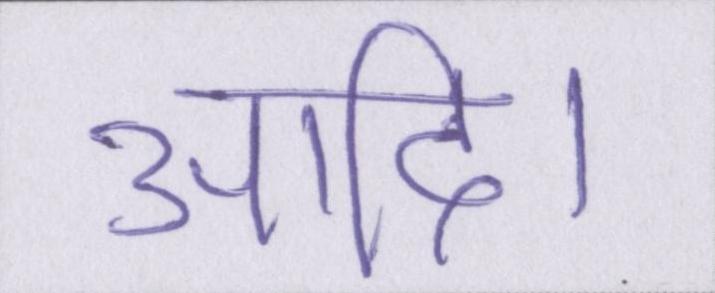
आदि।